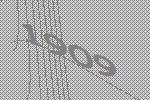
1909